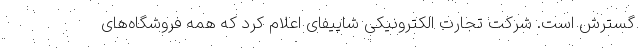
گسترش است. شرکت تجارت الکترونیکی شاپیفای اعلام کرد که همه فروشگاه‌های